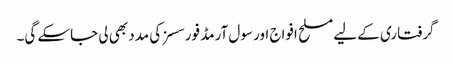
گرفتاری کے لیے مسلح افواج اور سول آرمڈ فورسسز کی مدد بھی لی جاسکے گی۔